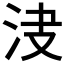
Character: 𣲺